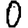
Digit: 0